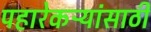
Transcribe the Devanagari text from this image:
पहारेकऱ्यांसाठी